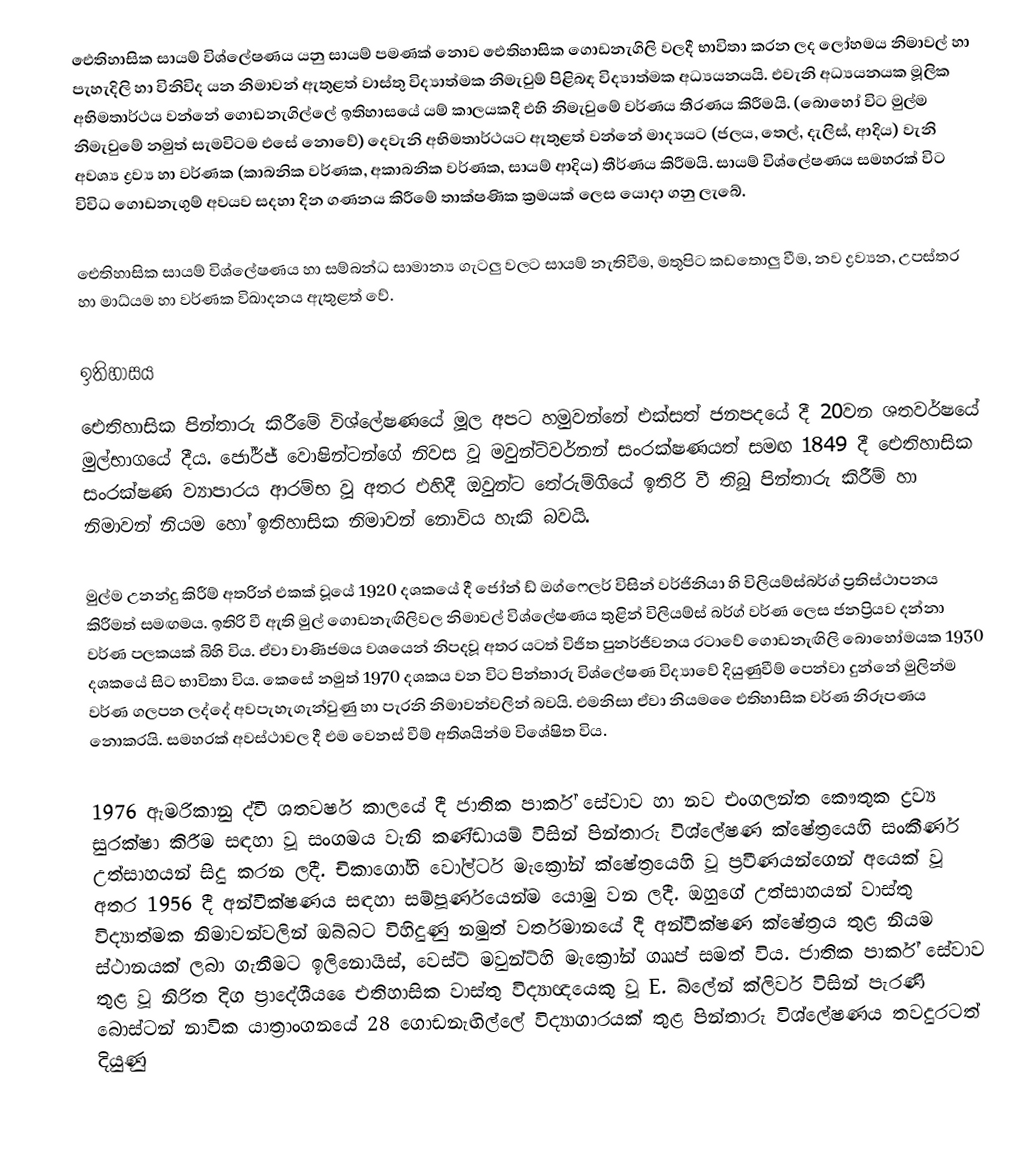
ඓතිහාසික සායම් විශ්ලේෂණය යනු සායම් පමණක් නොව ඓතිහාසික ගොඩනැගිලි වලදී භාවිතා කරන ලද ලෝහමය නිමාවල් හා පැහැදිලි හා විනිවිද යන නිමාවන් ඇතුළත් වාස්තු විද්‍යාත්මක නිමැවුම් පිළිබඳ විද්‍යාත්මක අධ්‍යයනයයි. එවැනි අධ්‍යයනයක මූලික අභිමතාර්ථය වන්නේ ගොඩනැගිල්ලේ ඉතිහාසයේ යම් කාලයකදී එහි නිමැවුමේ වර්ණය තීරණය කිරීමයි. (බොහෝ විට මුල්ම නිමැවුමේ නමුත් සැමවිටම එසේ නොවේ) දෙවැනි අභිමතාර්ථයට ඇතුළත් වන්නේ මාද්‍යයට (ජලය, තෙල්, දැලිස්, ආදිය)  වැනි අවශ්‍ය ද්‍රව්‍ය හා වර්ණක (කාබනික වර්ණක, අකාබනික වර්ණක, සායම් ආදිය) තීර්ණය කිරීමයි. සායම් විශ්ලේෂණය සමහරක් විට විවිධ ගොඩනැගුම් අවයව සදහා දින ගණනය කිරීමේ තාක්ෂණික ක්‍රමයක් ලෙස යොදා ගනු ලැබේ.

ඓතිහාසික සායම් විශ්ලේෂණය හා සම්බන්ධ සාමාන්‍ය ගැටලු වලට සායම් නැතිවීම, මතුපිට කඩතොලු වීම, නව ද්‍රව්‍යන, උපස්තර හා මාධ්යම හා වර්ණක විඛාදනය ඇතුළත් වේ.

ඉතිහාසය
ඓතිහාසික පින්තාරු කිරීමේ විශ්ලේෂණයේ මූල අපට හමුවන්නේ එක්සත් ජනපදයේ දී 20වන ශතවර්ෂයේ මුල්භාගයේ දීය. ජෝර්ජ් වොෂින්ටන්ගේ නිවස වූ මවුන්ට්වර්නන් සංරක්ෂණයත් සමඟ 1849  දී ඓතිහාසික සංරක්ෂණ ව්‍යාපාරය ආරම්භ වූ අතර එහිදී ඔවුන්ට තේරුම්ගියේ ඉතිරි වී තිබූ පින්තාරු කිරීම් හා නිමාවන් නියම හෝ ඉතිහාසික නිමාවන් නොවිය හැකි බවයි.

මුල්ම උනන්දු කිරීම් අතරින් එකක් වූයේ 1920 දශ‍කයේ දී ජෝන් ඩ් ඔග්ෆෙලර් විසින් වර්ජිනියා හි විලියම්ස්බර්ග් ප්‍රතිස්ථාපනය කිරීමත් සමඟමය. ඉතිරි වී ඇති මුල් ගොඩනැඟිලිවල නිමාවල් විශ්ලේෂණය තුළින් විලියම්ස් බර්ග් වර්ණ ලෙස ජනප්‍රියව දන්නා වර්ණ පලකයක් බිහි විය. ඒවා වාණිජමය වශයෙන් නිපදවූ අතර යටත් විජිත පුනර්ජීවනය රටාවේ ගොඩනැඟිලි බොහෝමයක 1930 දශකයේ සිට භාවිතා විය. කෙසේ නමුත් 1970 දශකය වන විට පින්තාරු විශ්ලේෂණ විද්‍යාවේ දියුණුවීම් පෙන්වා දුන්නේ මුලින්ම වර්ණ ගලපන ලද්දේ අවපැහැගැන්වුණු හා පැරනි නිමාවන්වලින් බවයි. එමනිසා ඒවා නියම ‍ෛඑතිහාසික වර්ණ නිරූපණය නොකරයි. සමහරක් අවස්ථාවල දී එම වෙනස් වීම් අතිශයින්ම විශේෂිත විය.

1976 ඇමරිකානු ද්වී ශතවර්ෂ කාලයේ දී ජාතික පාර්ක් සේවාව හා නව එංගලන්ත කෞතුක ද්‍රව්‍ය සුරක්ෂා කිරීම සඳහා වූ සංගමය වැනි කණ්ඩායම් විසින් පින්තාරු විශ්ලේෂණ ක්ෂේත්‍රයෙහි සංකීර්ණ උත්සාහයන් සිදු කරන ලදී. චිකාගෝහි වෝල්ටර් මැක්‍රෝන් ක්ෂේත්‍රයෙහි වූ ප්‍රවීණයන්ගෙන් අයෙක් වූ අතර 1956 දී අන්වීක්ෂණය සඳහා සම්පූර්ණයෙන්ම යොමු වන ලදී. ඔහුගේ උත්සාහයන් වාස්තු විද්‍යාත්මක නිමාවන්වලින් ඔබ්බට විහිදුණු නමුත් වර්තමානයේ දී අන්වීක්ෂණ ක්ෂේත්‍රය තුළ නියම ස්ථානයක් ලබා ගැනීමට ඉලිනොයිස්, වෙස්ට් මවුන්ට්හි මැක්‍රෝන් ගෲප් සමත් විය. ජාතික පාර්ක් සේවාව තුළ වූ නිරිත දිග ප්‍රාදේශීය ‍ෛඑතිහාසික වාස්තු විද්‍යාඥයෙකු වූ E. බ්ලේන් ක්ලිවර් විසින් පැරණි බොස්ටන් නාවික යාත්‍රාංගනයේ 28 ගොඩනැඟිල්ලේ විද්‍යාගාරයක් තුළ පින්තාරු විශ්ලේෂණය තවදුරටත් දියුණු